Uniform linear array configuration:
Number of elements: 12
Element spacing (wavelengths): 1
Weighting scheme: uniform
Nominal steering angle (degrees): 45
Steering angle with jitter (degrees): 46.875
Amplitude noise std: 0.05
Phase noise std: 0.05

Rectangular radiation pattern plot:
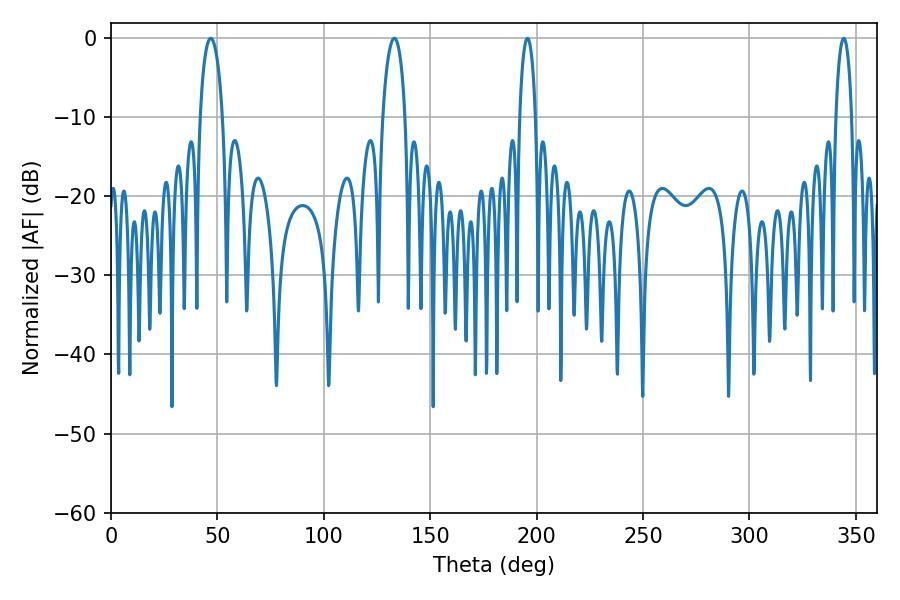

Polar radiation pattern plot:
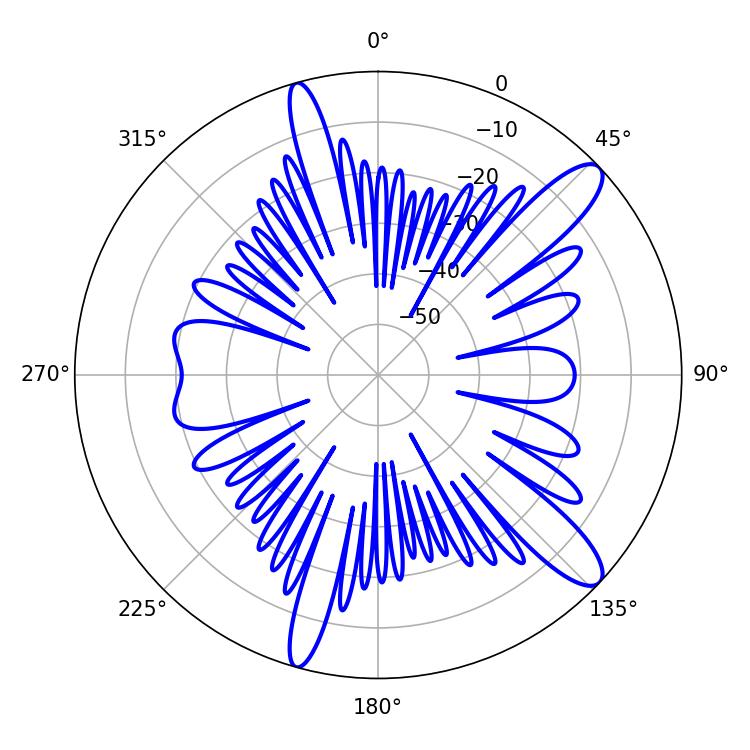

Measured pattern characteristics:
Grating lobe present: TRUE
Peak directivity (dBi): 12.101
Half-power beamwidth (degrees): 4.32
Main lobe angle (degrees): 195.66